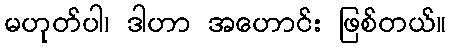
မဟုတ်ပါ၊ ဒါဟာ အဟောင်း ဖြစ်တယ်။